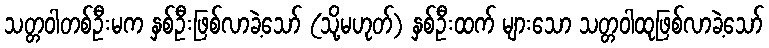
သတ္တဝါတစ်ဦးမက နှစ်ဦးဖြစ်လာခဲ့သော် (သို့မဟုတ်) နှစ်ဦးထက် များသော သတ္တဝါထုဖြစ်လာခဲ့သော်